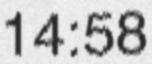
14:58